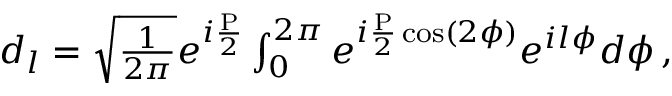
\begin{array} { r } { d _ { l } = \sqrt { \frac { 1 } { 2 \pi } } e ^ { i \frac { \mathrm { P } } { 2 } } \int _ { 0 } ^ { 2 \pi } e ^ { i \frac { \mathrm { P } } { 2 } \cos ( 2 \phi ) } e ^ { i l \phi } d \phi \, , } \end{array}